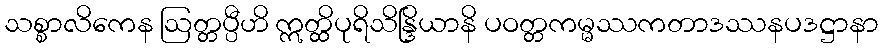
သစ္စာလိကေန ဩတ္တပ္ပီဟိ ဣတ္ထိပုရိသိန္ဒြိယာနိ ပဝတ္တကမ္မဿကတာဒဿနပဒဋ္ဌာနာ